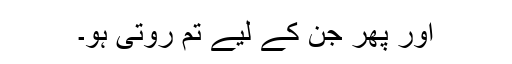
اور پھر جن کے لیے تم روتی ہو۔